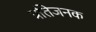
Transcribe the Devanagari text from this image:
प्रतिजनक